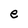
Character: e